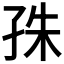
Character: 𡥛